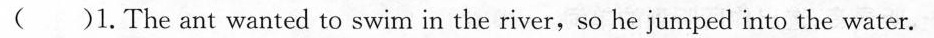
( )1.The ant wanted to swim in the river,so he jumped into the water.